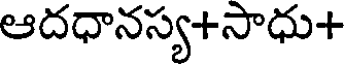
ఆదధానస్య+సాధు+